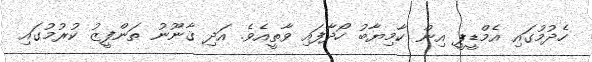
ހެދުމުގައި އެމްޑީޕީ އިން ކާމިޔާބު ހޯދާފައި ވާތީއެވެ. އަދި ޤާނޫނު ތަންފީޒު ކުރުމުގައި